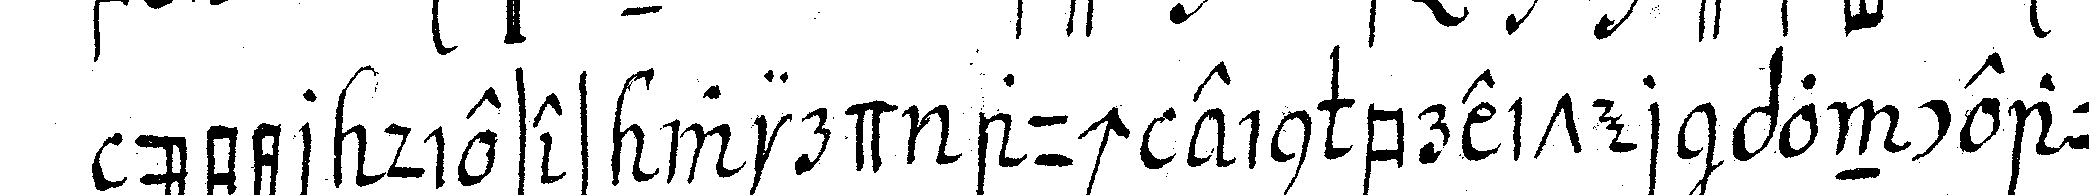
über dieses wird auch ein breiter ponceau